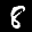
Label: 8